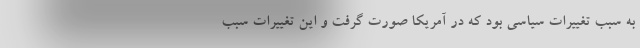
به سبب تغییرات سیاسی بود که در آمریکا صورت گرفت و این تغییرات سبب